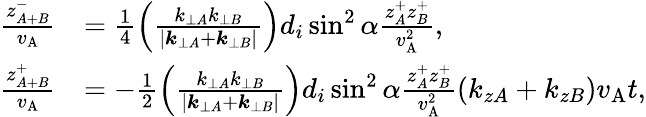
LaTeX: \begin{array}{rl}{\frac{z_{A+B}^{-}}{v_{\mathrm{A}}}}&{=\frac{1}{4}\left(\frac{k_{\perp A}k_{\perp B}}{|\boldsymbol{k}_{\perp A}+\boldsymbol{k}_{\perp B}|}\right)d_{i}\sin^{2}\alpha\frac{z_{A}^{+}z_{B}^{+}}{v_{\mathrm{A}}^{2}},}\\ {\frac{z_{A+B}^{+}}{v_{\mathrm{A}}}}&{=-\frac{1}{2}\left(\frac{k_{\perp A}k_{\perp B}}{|\boldsymbol{k}_{\perp A}+\boldsymbol{k}_{\perp B}|}\right)d_{i}\sin^{2}\alpha\frac{z_{A}^{+}z_{B}^{+}}{v_{\mathrm{A}}^{2}}(k_{zA}+k_{zB})v_{\mathrm{A}}t,}\end{array}